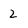
Character: 2